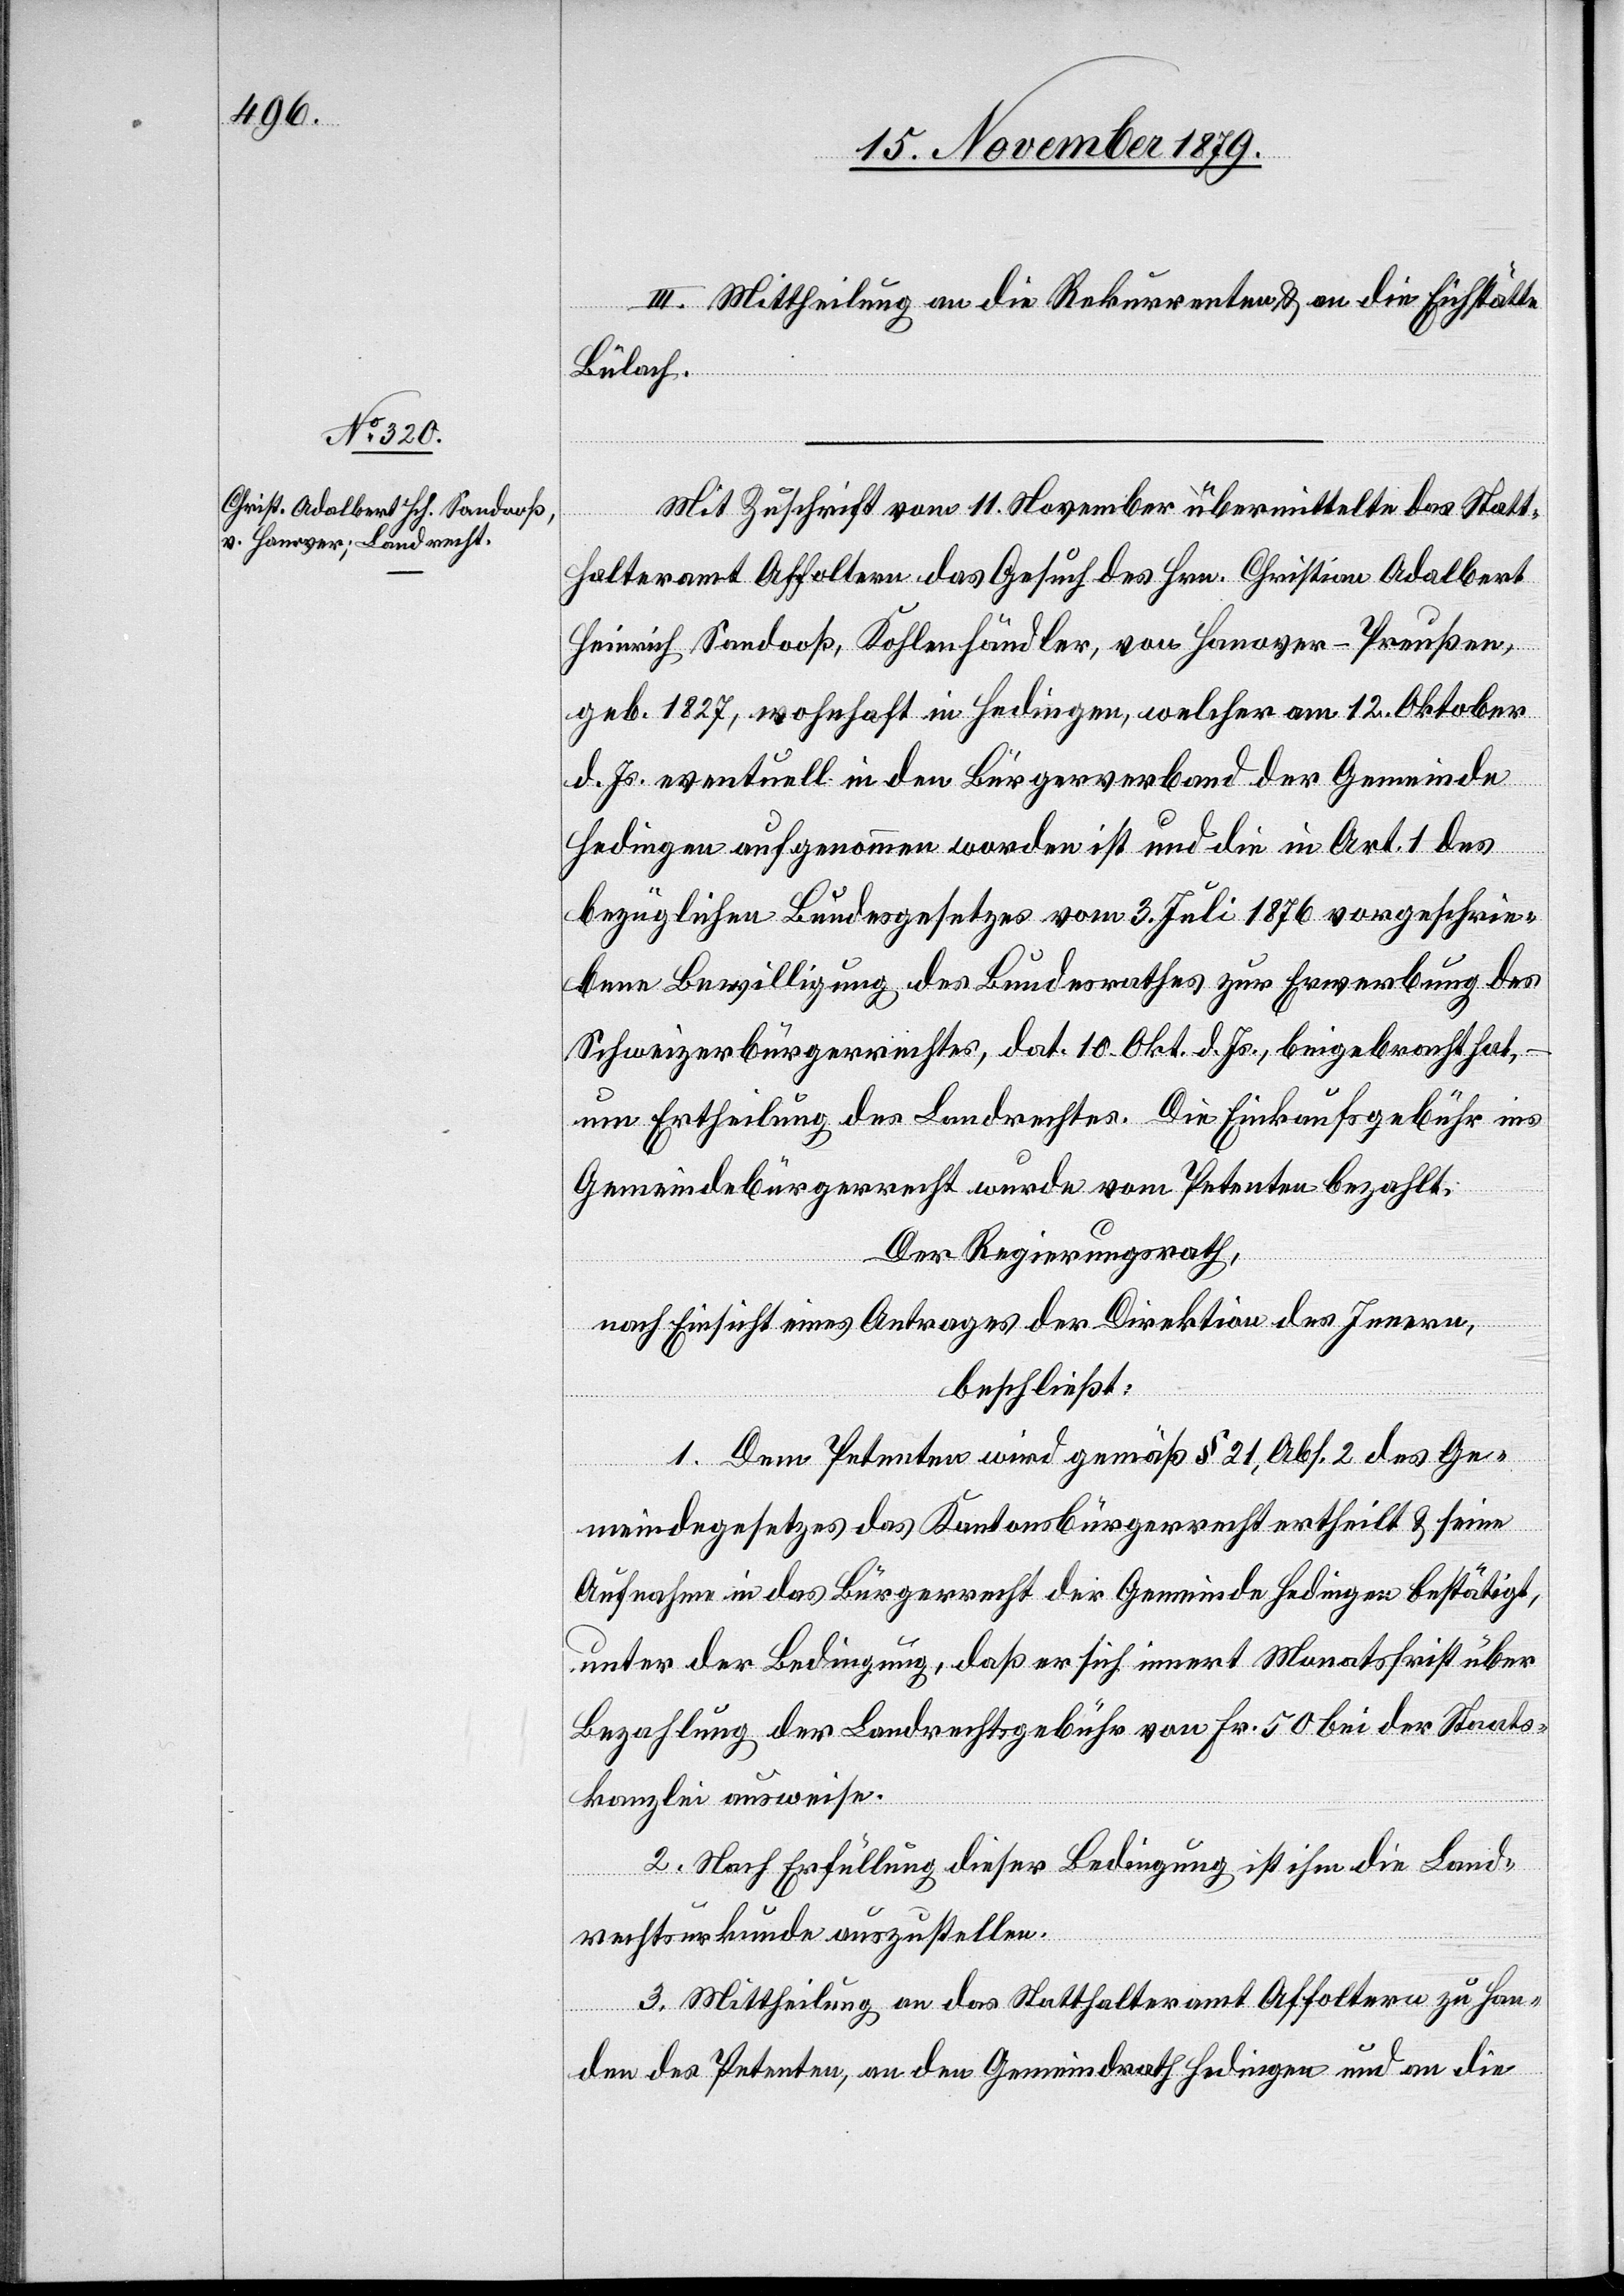
III. Mittheilung an die Rekurrenten & an die Eichstätte
Bülach.
Mit Zuschrift vom 11. November übermittelte das Statt¬
halteramt Affoltern das Gesuch des Hrn. Christian Adalbert
Heinrich Sandooß, Kohlenhändler, von Hanover - Preußen,
geb. 1827, wohnhaft in Hedingen, welcher a, 12. Oktober
d. Js. eventuell in den Bürgerverband der Gemeinde
Hedingen aufgenommen worden ist und die in Art. 1 des
bezüglichen Bundesgesetzes vom 3. Juli 1876 vorgeschrie¬
bene Bewilligung des Bundesrathes zur Erwerbung des
Schweizerbürgerrechtes, dat. 10. Okt. d. Js., beigebracht hat,
um Ertheilung des Landrechtes. Die Einkaufsgebühr ins
Gemeindebürgerrecht wurde vom Petenten bezahlt.
Der Regierungsrath,
nach Einsicht eines Antrages der Direktion des Innern,
beschließt:
1. Dem Petenten wird gemäß § 21, Abs. 2 des Ge¬
meindegesetzes das Kantonsbürgerrecht ertheilt & seine
Aufnahme in das Bürgerrecht der Gemeinde Hedingen bestätigt,
unter der Bedingung, das er sich innert Monatsfrist über
Bezahlung der Landrechtsgebühr von Fr. 50 bei der Staats¬
kanzlei ausweise.
2. Nach Erfüllung dieser Bedingung ist ihm die Land¬
rechtsurkunde auszustellen.
3. Mittheilung an das Statthalteramt Affoltern zu Han¬
den des Petenten, an den Gemeindrath Hedingen und an die